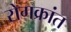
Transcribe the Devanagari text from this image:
रोगक्रांत